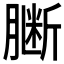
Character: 𱼗